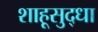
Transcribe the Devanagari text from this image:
शाहूसुद्धा